Physiological action of certain drugs in tablet form - Number 52A
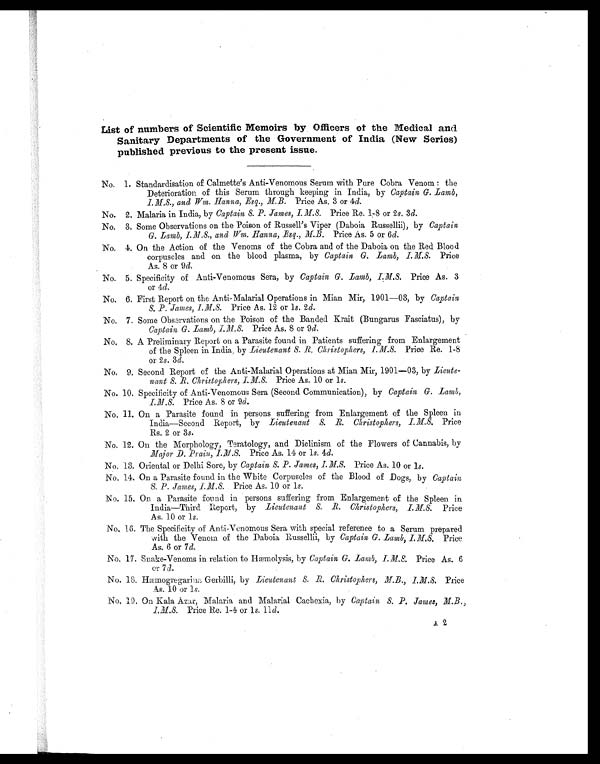
List of numbers of Scientific Memoirs by Officers of the Medical and
Sanitary Departments of the Government of India (New Series)
published previous to the present issue.
No. 1. Standardisation of Calmette's Anti-Venomous Serum with Pure Cobra Venom : the
Deterioration of this Serum through keeping in India, by Captain G. Lamb,
I.M.S., and Wm. Hanna, Esq., M.B. Price As. 3 or 4d.
No. 2. Malaria in India, by Captain S. P. James, I.M.S. Price Re. 1-8 or 2 s. 3 d.
No. 3. Some Observations on the Poison of Russell's Viper (Daboia Russellii), by Captain
G. Lamb, I.M.S., and Wm. Hanna, Esq., M. B. Price As. 5 or 6d.
No. 4. On the Action of the Venoms of the Cobra and of the Daboia on the Red Blood
corpuscles and on the blood plasma, by Captain G. Lamb, Price
As. 8 or 9 d.
No. 5. Specificity of Anti-Venomous Sera, by Captain G. Lamb, I.M.S. Price As. 3
or 4d.
No. 6. First Report on the Anti-Malarial Operations in Mian Mir, 1901—03, by Captain
S. P. James, I. M. S. Price As. 12 or 1s. 2 d .
No. 7. Some Observations on the Poison of the Banded Krait (Bungarus Fasciatus), by
Captain G. Lamb, I.M.S. Price As. 8 or 9 d.
No. 8. A Preliminary Report on a Parasite found in Patients suffering from Enlargement
of the Spleen in India, byL i e u t e n a n t S . R . C h r i s t o p h e r s , I . M . S .P
r i c e R e . 1 - 8
or 2 s. 3 d.
No. 9. Second Report of the Anti-Malarial Operations at Mian Mir, 1901—03, by Lieute-
nant S. R. Christophers, I. M. S. Price As. 10 or 1s.
No. 10. Specificity of Anti-Venomous Sera (Second Communication), by Captain G. Lamb,
I. M. S. Price As. 8 or 9 d.
No. 11. On a Parasite found in persons suffering from Enlargement of the Spleen in
India—Second Report, by Lieutenant S. R. Christophers, I. M. S. Price
Rs. 2 or 3 s .
No. 12. On the Morphology, Teratology, and Diclinism of the Flowers of Cannabis, by
Major D. Prain, I.M.S. Price As. 14 or 1s. 4d.
No. 13. Oriental or Delhi Sore, by Captain S. P. James, I. M. S. Price As. 10 or 1 s.
No. 14. On a Parasite found in the White Corpuscles of the Blood of Dogs, by Captain
S. P. James, I.M.S. Price As. 10 or 1 s.
No. 15. On a Parasite found in persons suffering from Enlargement of the Spleen in
India—Third Report, by Lieutenant S. R. Christophers, I. M. S. Price
As. 10 or 1s.
No. 16. The Specificity of Anti-Vonomous Sera with special reference to a Serum prepared
with the Venom of the Daboia Russellii, by Captain G. Lamb, I.M.S. Price
As. 6 or 7 d.
No. 17. Snake-Venoms in relation to Hæmolysis, by Captain G. Lamb, I. M.S. Price As. 6
or 7d .
No. 18. Hæmogregarina Gerbilli, by Lieutenant S. R. Christophers, M. B., I.M.S. Price
As. 10 or 1s.
No, 19. On Kala Azar, Malaria and Malarial Cachexia, by Captain S. P. James, M. B.,
I. M. S. Price Re. 1-4 or 1s. 11d.
A. 2